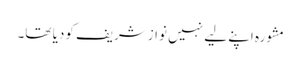
مشورہ اپنے لیے نہیں نوازشریف کودیا تھا۔